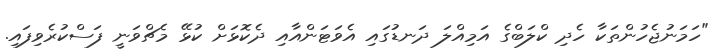
"ހަމަނުޖެހުންތަކާ ހެދި ކްލަބްގެ އަމިއްލަ ދަނޑުގައި އެވަޓަންއާއި ދެކޮޅަށް ކުޅޭ މެޗްވަނީ ފަސްކުރެވިފައި.